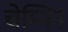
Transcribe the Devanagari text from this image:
चेम्मिन